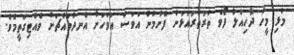
މުޅި މީހާ ދާހިއްލާ ފޯވެ ތުރުތުރުއަޅަން ފެށުމުން އަވަސް އަވަހަށް އެނދުމައްޗަށް ވެއްޓިގަތީމެވެ.